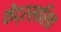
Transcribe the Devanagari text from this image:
केंद्रसाशित